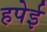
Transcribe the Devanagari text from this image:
हपेई